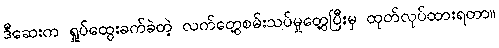
ဒီဆေးက ရှုပ်ထွေးခက်ခဲတဲ့ လက်တွေ့စမ်းသပ်မှုတွေ့ပြီးမှ ထုတ်လုပ်ထားရတာ။